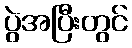
ပွဲအပြီးတွင်